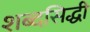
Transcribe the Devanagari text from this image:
शब्दसिद्धी